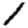
Digit: 1